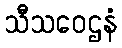
သီသဝေဌနံ